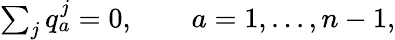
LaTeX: \begin{array}{lcr}{{\sum_{j}q_{a}^{j}=0,\qquad a=1,...,n-1,}}\end{array}